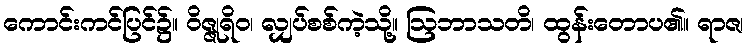
ကောင်းကင်ပြင်၌။ ဝိဇ္ဇုရိဝ၊ လျှပ်စစ်ကဲ့သို့။ ဩဘာသတိ၊ ထွန်းတောပ၏။ ရာဇ၊